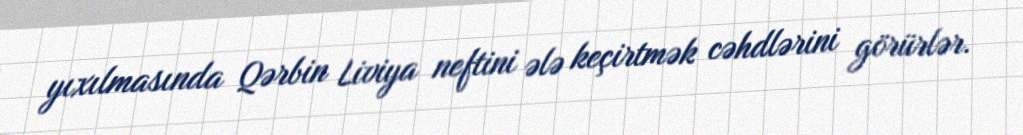
yıxılmasında Qərbin Liviya neftini ələ keçirtmək cəhdlərini görürlər.